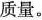
的质量。